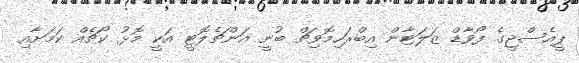
ޕީއެސްޖީގެ ފޯވާޑް ޒަލަޓާން އިބްރަހިމޮވިޗް ބުނީ އަންޗެލޮޓީ އަކީ މޮޅު ކޯޗެއް ކަމަށާއި